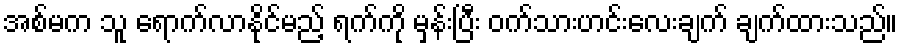
အစ်မက သူ ရောက်လာနိုင်မည့် ရက်ကို မှန်းပြီး ဝက်သားဟင်းလေးချက် ချက်ထားသည်။